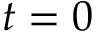
t = 0